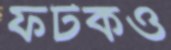
ফটকও